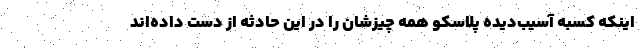
اینکه کسبه آسیب‌دیده پلاسکو همه چیزشان را در این حادثه از دست داده‌اند